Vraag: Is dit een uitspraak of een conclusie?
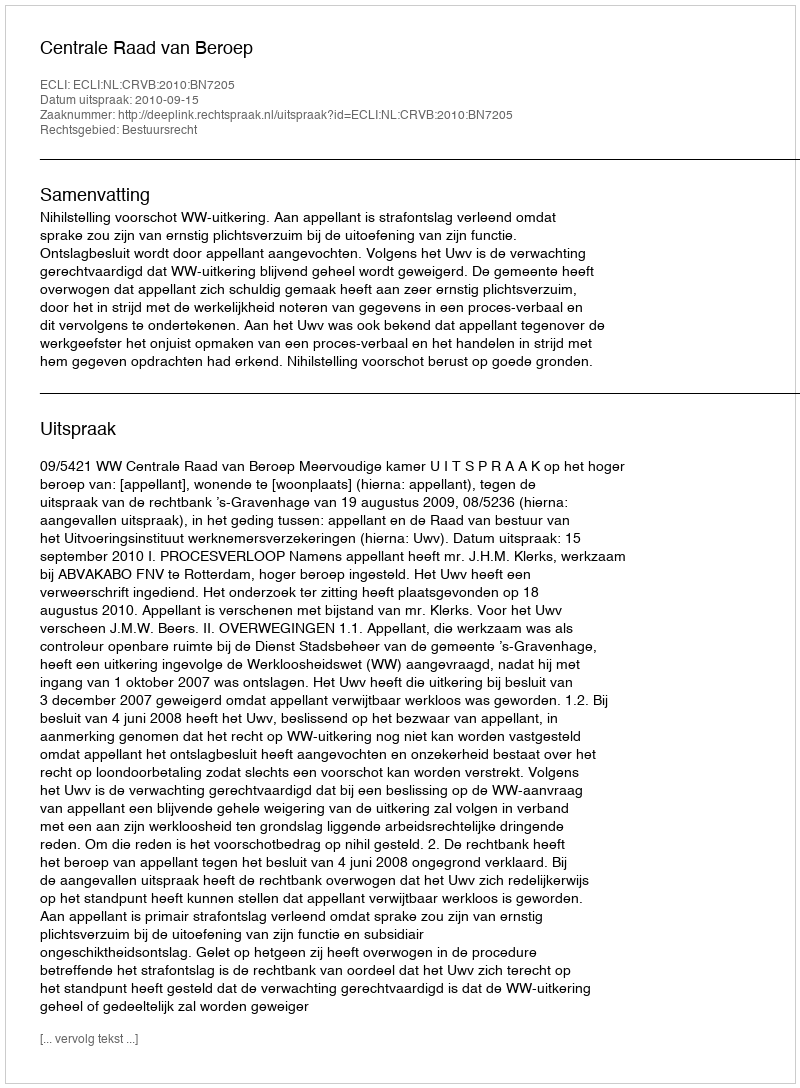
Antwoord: Uitspraak